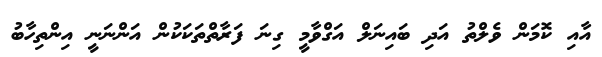
އާއި ކޮމަން ވެލްތު އަދި ބައިނަލް އަގްވާމީ ގިނަ ފަރާތްތަކަކުން އަންނަނީ އިންތިހާބު